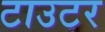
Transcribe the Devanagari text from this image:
टाउटर